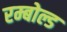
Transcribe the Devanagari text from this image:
रम्बोल्ड